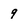
Character: 9